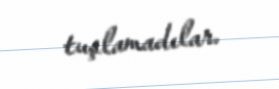
tuşlamadılar.